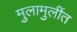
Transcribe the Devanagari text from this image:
मुलामुलींत